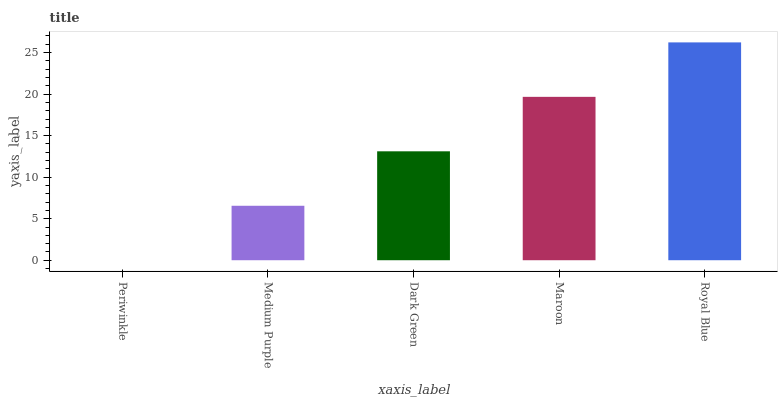
| xaxis_label | bars |
 | --- | --- |
 | Periwinkle | 0 |
 | Medium Purple | 6.56 |
 | Dark Green | 13.1 |
 | Maroon | 19.7 |
 | Royal Blue | 26.2 |